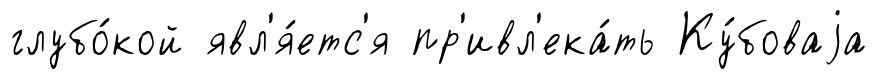
глубо́кой явл'я́етс'я пр'ивл'ека́ть Ку́боваjа